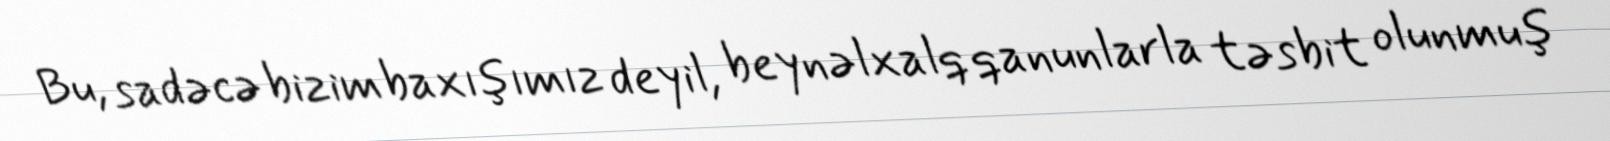
Bu, sadəcə bizim baxışımız deyil, beynəlxalq qanunlarla təsbit olunmuş